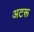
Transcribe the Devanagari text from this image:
अटरू